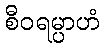
စီဝရမ္ပာဟံ